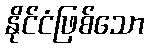
နိုင်ငံဖြစ်သော